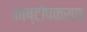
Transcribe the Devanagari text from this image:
काष्टोपकरण